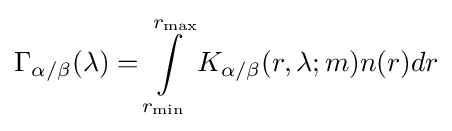
{\Gamma _{\alpha /\beta }}(\lambda )=\int \limits _{r_{\min }}^{r_{\max }}{{K_{\alpha /\beta }}(r,\lambda ;m)n(r)dr}